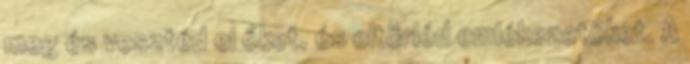
meg és vesztéd el őket, és eltörléd emlékezetöket. A